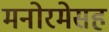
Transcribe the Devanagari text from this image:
मनोरमेसह